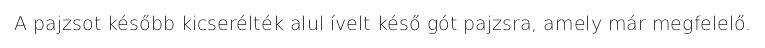
A pajzsot később kicserélték alul ívelt késő gót pajzsra, amely már megfelelő.